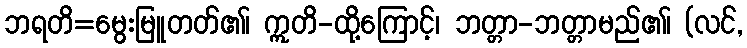
ဘရတိ=မွေးမြူတတ်၏၊ ဣတိ-ထို့ကြောင့်၊ ဘတ္တာ-ဘတ္တာမည်၏၊ (လင်,